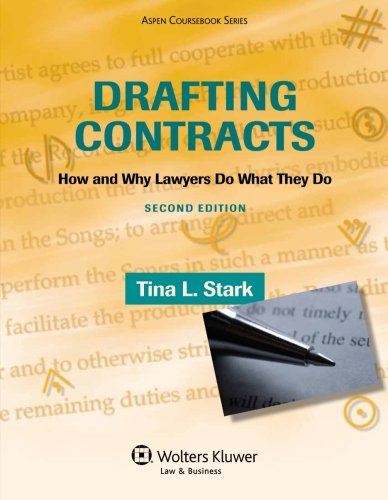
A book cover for Drafting Contracts: How & Why Lawyers Do What They Do , Second Edition (Aspen Coursebook); Tina L. Stark; Law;